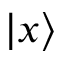
| x \rangle